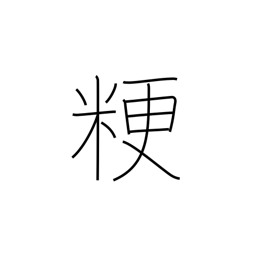
Meaning: ordinary rice